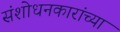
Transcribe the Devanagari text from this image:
संशोधनकारांच्या